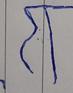
Signature authenticity: forged